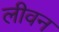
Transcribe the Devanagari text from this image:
लीवन